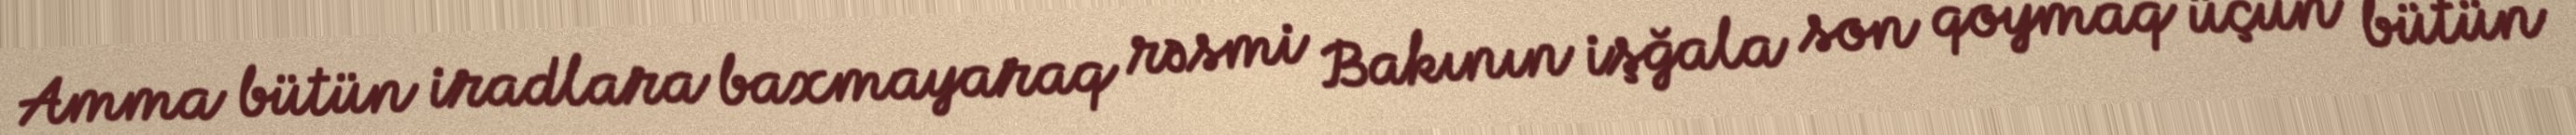
Amma bütün iradlara baxmayaraq rəsmi Bakının işğala son qoymaq üçün bütün